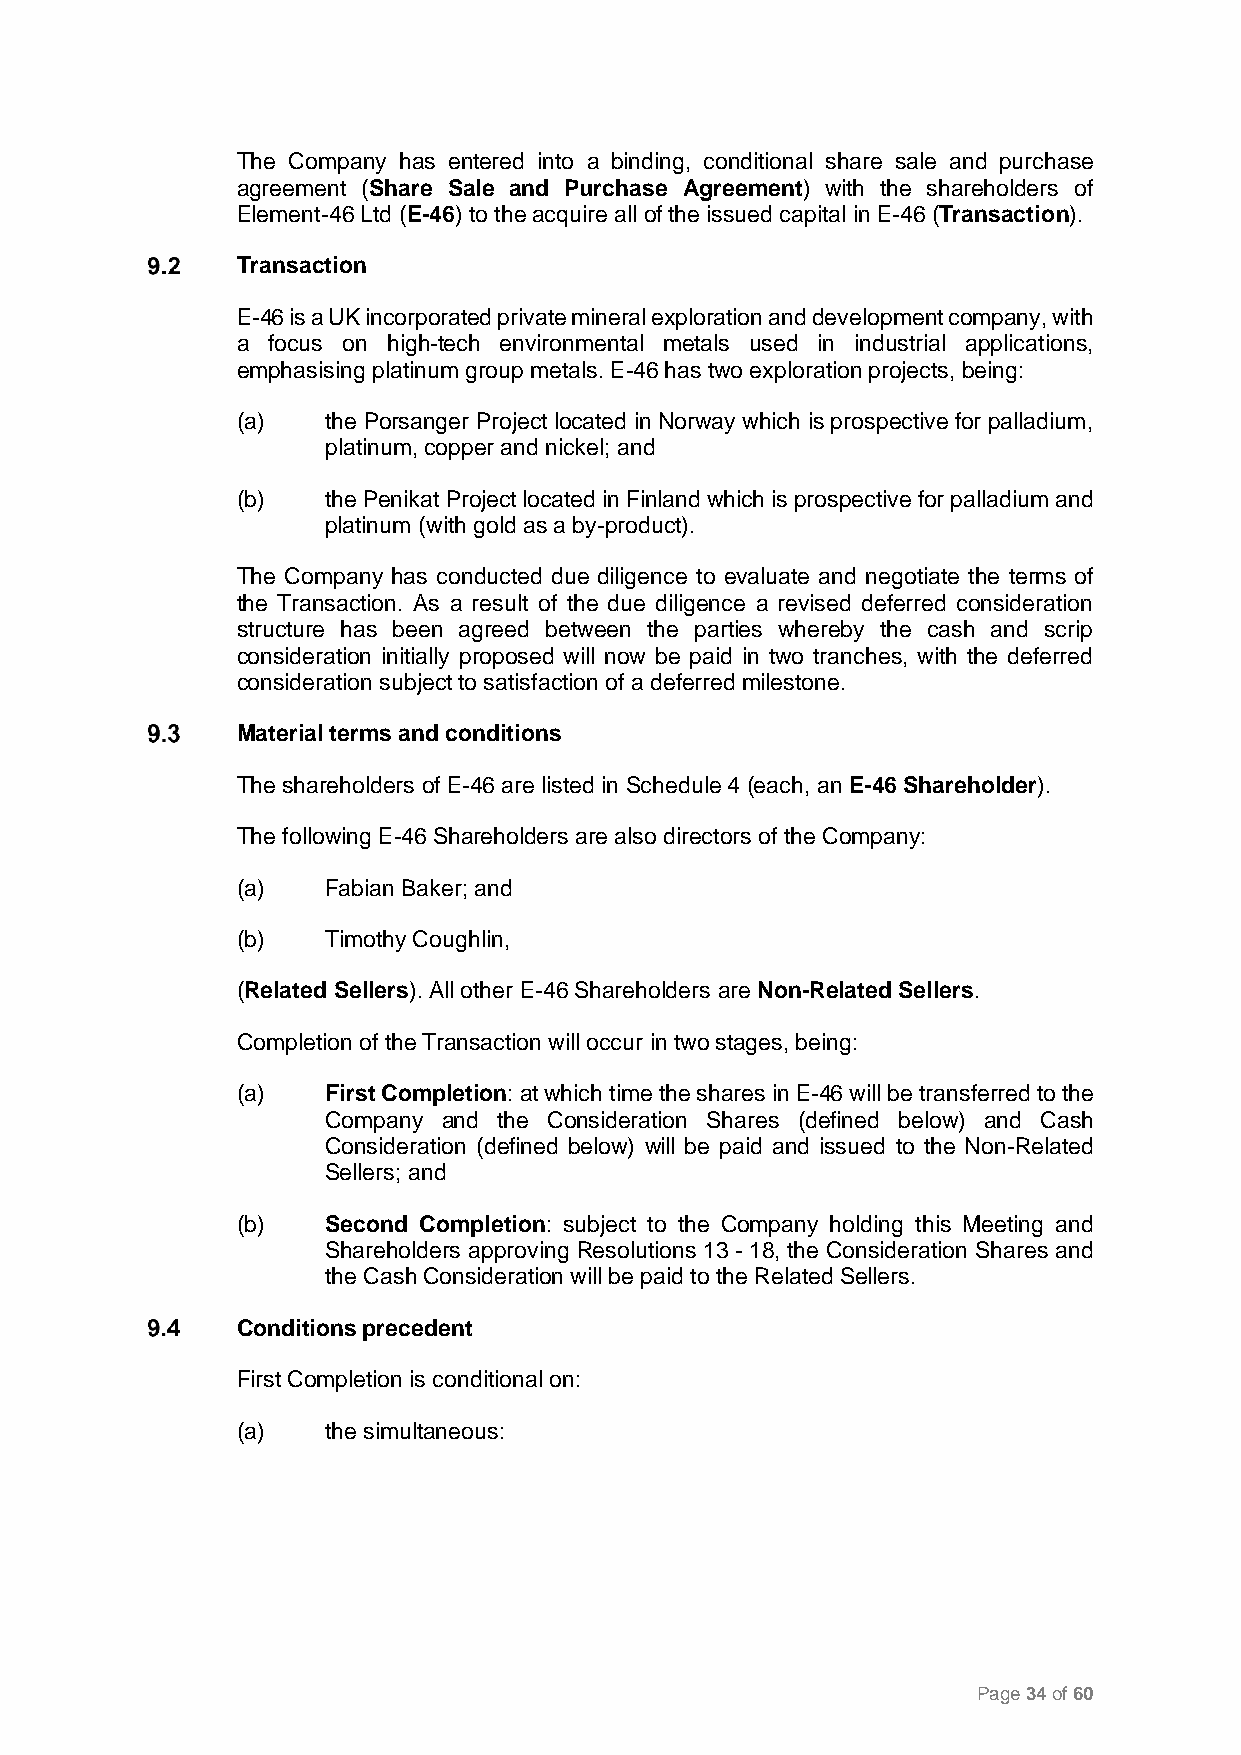
The Company has entered into a binding, conditional share sale and purchase
 agreement (Share Sale and Purchase Agreement) with the shareholders of
 Element-46 Ltd (E-46) to the acquire all of the issued capital in E-46 (Transaction).
 Transaction
 E-46 is a UK incorporated private mineral exploration and development company, with
 a focus on high-tech environmental metals used in industrial applications,
 emphasising platinum group metals. E-46 has two exploration projects, being:
 (a)   the Porsanger Project located in Norway which is prospective for palladium,
 platinum, copper and nickel; and
 (b)   the Penikat Project located in Finland which is prospective for palladium and
 platinum (with gold as a by-product).
 The Company has conducted due diligence to evaluate and negotiate the terms of
 the Transaction. As a result of the due diligence a revised deferred consideration
 structure has been agreed between the parties whereby the cash and scrip
 consideration initially proposed will now be paid in two tranches, with the deferred
 consideration subject to satisfaction of a deferred milestone.
 Material terms and conditions
 The shareholders of E-46 are listed in Schedule 4 (each, an E-46 Shareholder).
 The following E-46 Shareholders are also directors of the Company:
 (a)   Fabian Baker; and
 (b)   Timothy Coughlin,
 (Related Sellers). All other E-46 Shareholders are Non-Related Sellers.
 Completion of the Transaction will occur in two stages, being:
 (a)   First Completion: at which time the shares in E-46 will be transferred to the
 Company and the Consideration Shares (defined below) and Cash
 Consideration (defined below) will be paid and issued to the Non-Related
 Sellers; and
 (b)   Second Completion: subject to the Company holding this Meeting and
 Shareholders approving Resolutions 13 - 18, the Consideration Shares and
 the Cash Consideration will be paid to the Related Sellers.
 Conditions precedent
 First Completion is conditional on:
 (a)   the simultaneous:
 Page 34 of 60